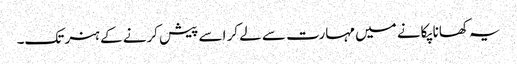
یہ کھانا پکانے میں مہارت سے لے کر اسے پیش کرنے کے ہنر تک۔